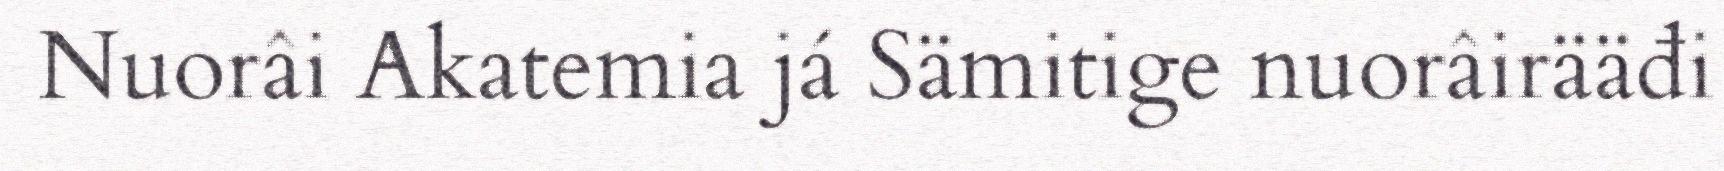
Nuorâi Akatemia já Sämitige nuorâirääđi